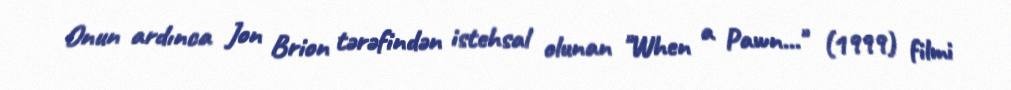
Onun ardınca Jon Brion tərəfindən istehsal olunan "When a Pawn..." (1999) filmi